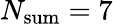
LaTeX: N_{\mathrm{sum}}=7